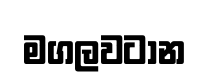
මගලවටාන